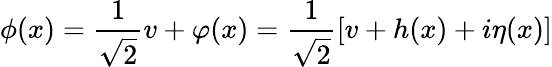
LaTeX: \phi(x)={\frac{1}{\sqrt 2}}v+\varphi(x)={\frac{1}{\sqrt 2}}[v+h(x)+i\eta(x)]